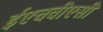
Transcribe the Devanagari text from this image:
ईएचवीएसी